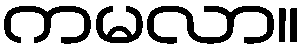
ကမလာ။